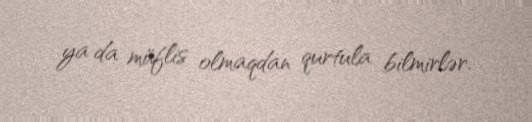
ya da müflis olmaqdan qurtula bilmirlər.